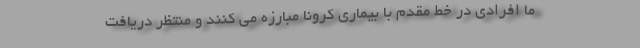
ما افرادی در خط مقدم با بیماری کرونا مبارزه می کنند و منتظر دریافت